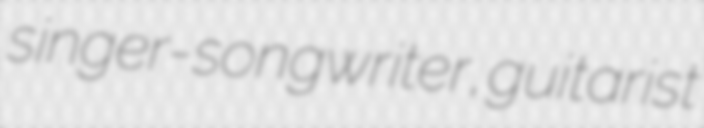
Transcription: singer-songwriter, guitarist